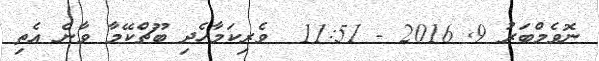
ނޮވެމްބަރު 9